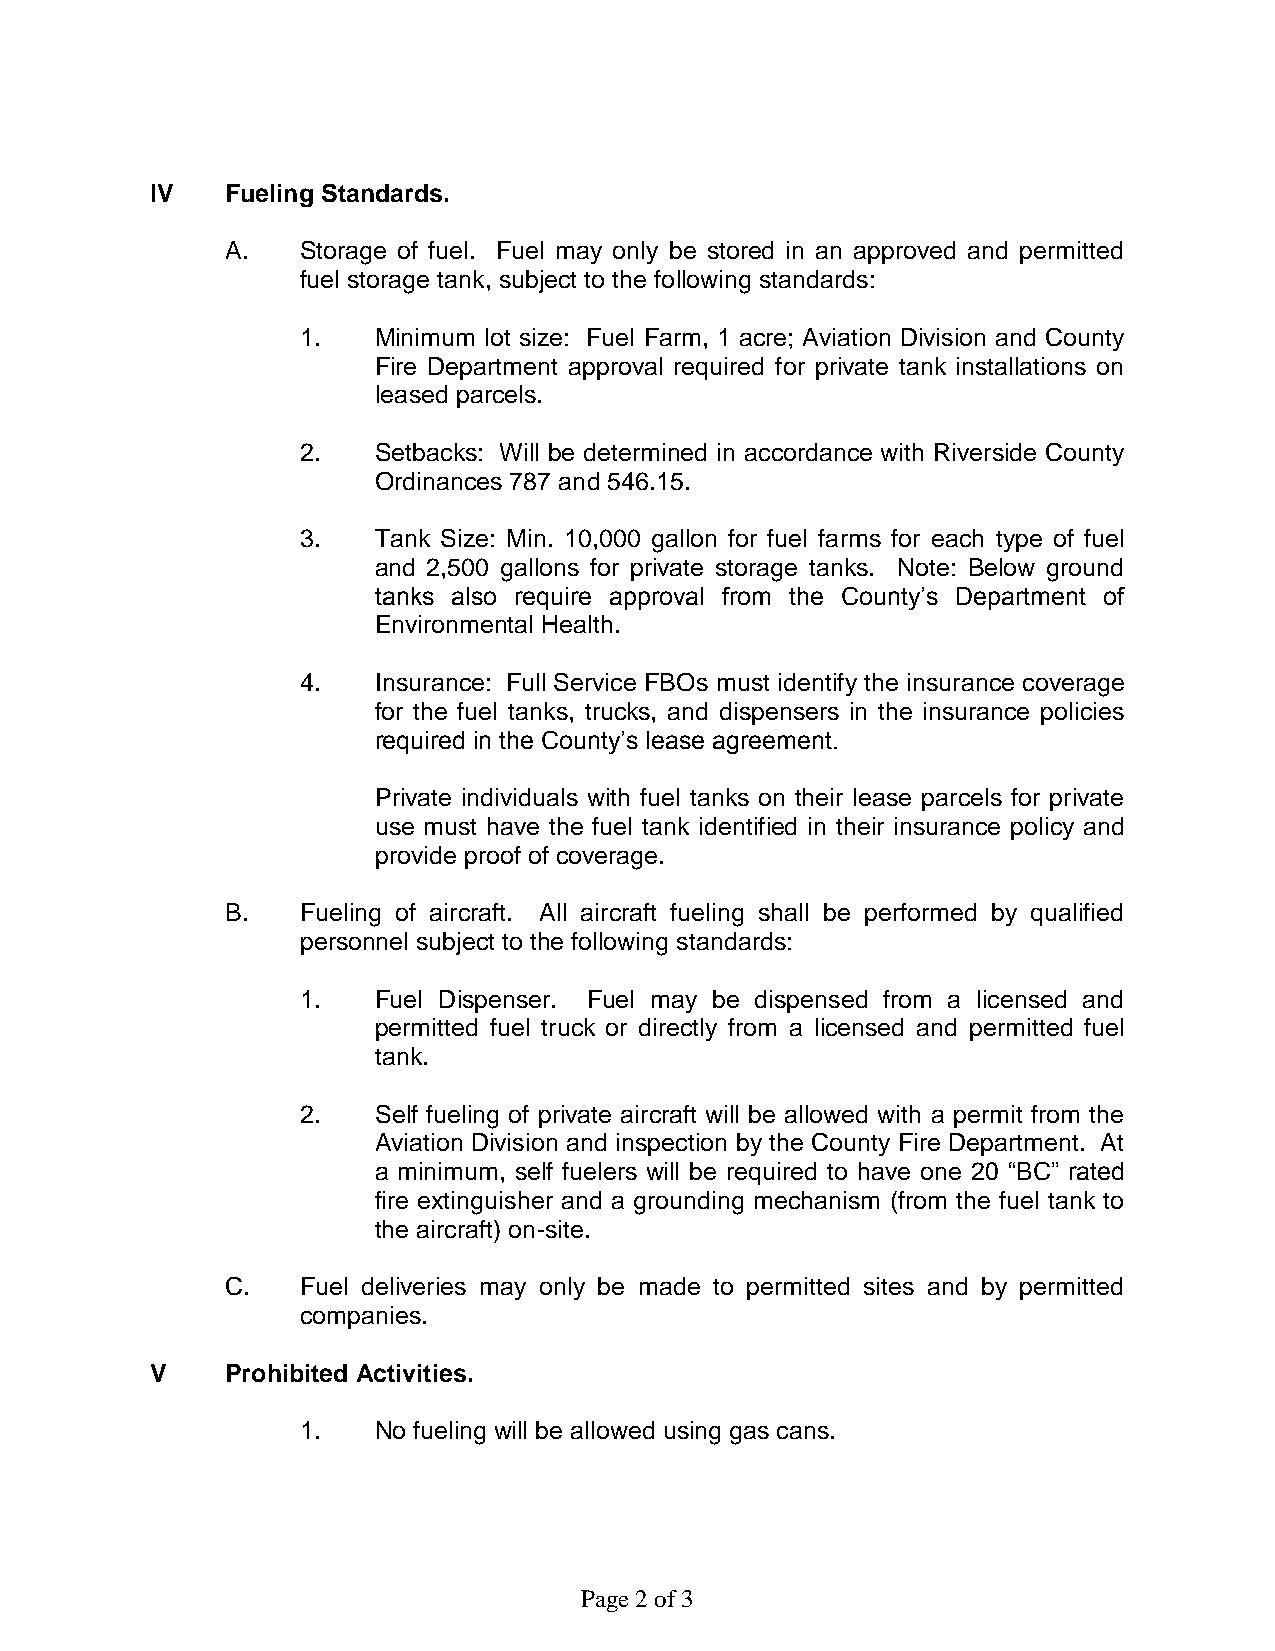
IV   Fueling Standards.
 A.   Storage of fuel. Fuel may only be stored in an approved and permitted
 fuel storage tank, subject to the following standards:
 1.   Minimum lot size: Fuel Farm, 1 acre; Aviation Division and County
 Fire Department approval required for private tank installations on
 leased parcels.
 2.   Setbacks: Will be determined in accordance with Riverside County
 Ordinances 787 and 546.15.
 3.   Tank Size: Min. 10,000 gallon for fuel farms for each type of fuel
 and 2,500 gallons for private storage tanks. Note: Below ground
 tanks also require approval from the County’s Department of
 Environmental Health.
 4.   Insurance: Full Service FBOs must identify the insurance coverage
 for the fuel tanks, trucks, and dispensers in the insurance policies
 required in the County’s lease agreement.
 Private individuals with fuel tanks on their lease parcels for private
 use must have the fuel tank identified in their insurance policy and
 provide proof of coverage.
 B.   Fueling of aircraft. All aircraft fueling shall be performed by qualified
 personnel subject to the following standards:
 1.   Fuel Dispenser. Fuel may be dispensed from a licensed and
 permitted fuel truck or directly from a licensed and permitted fuel
 tank.
 2.   Self fueling of private aircraft will be allowed with a permit from the
 Aviation Division and inspection by the County Fire Department. At
 a minimum, self fuelers will be required to have one 20 “BC” rated
 fire extinguisher and a grounding mechanism (from the fuel tank to
 the aircraft) on-site.
 C.   Fuel deliveries may only be made to permitted sites and by permitted
 companies.
 V    Prohibited Activities.
 1.   No fueling will be allowed using gas cans.
 Page 2 of 3